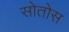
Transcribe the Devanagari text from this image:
सोतोस